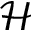
\mathcal { H }